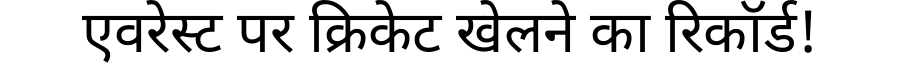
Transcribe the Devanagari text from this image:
एवरेस्ट पर क्रिकेट खेलने का रिकॉर्ड!